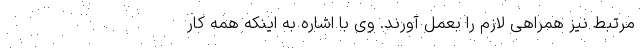
مرتبط نیز همراهی لازم را بعمل آورند. وی با اشاره به اینکه همه کار